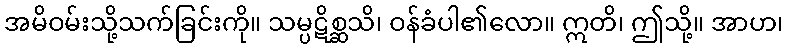
အမိဝမ်းသို့သက်ခြင်းကို။ သမ္ပဋိစ္ဆသိ၊ ဝန်ခံပါ၏လော။ ဣတိ၊ ဤသို့။ အာဟ၊